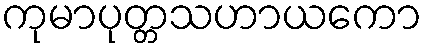
ကုမာပုတ္တသဟာယကော